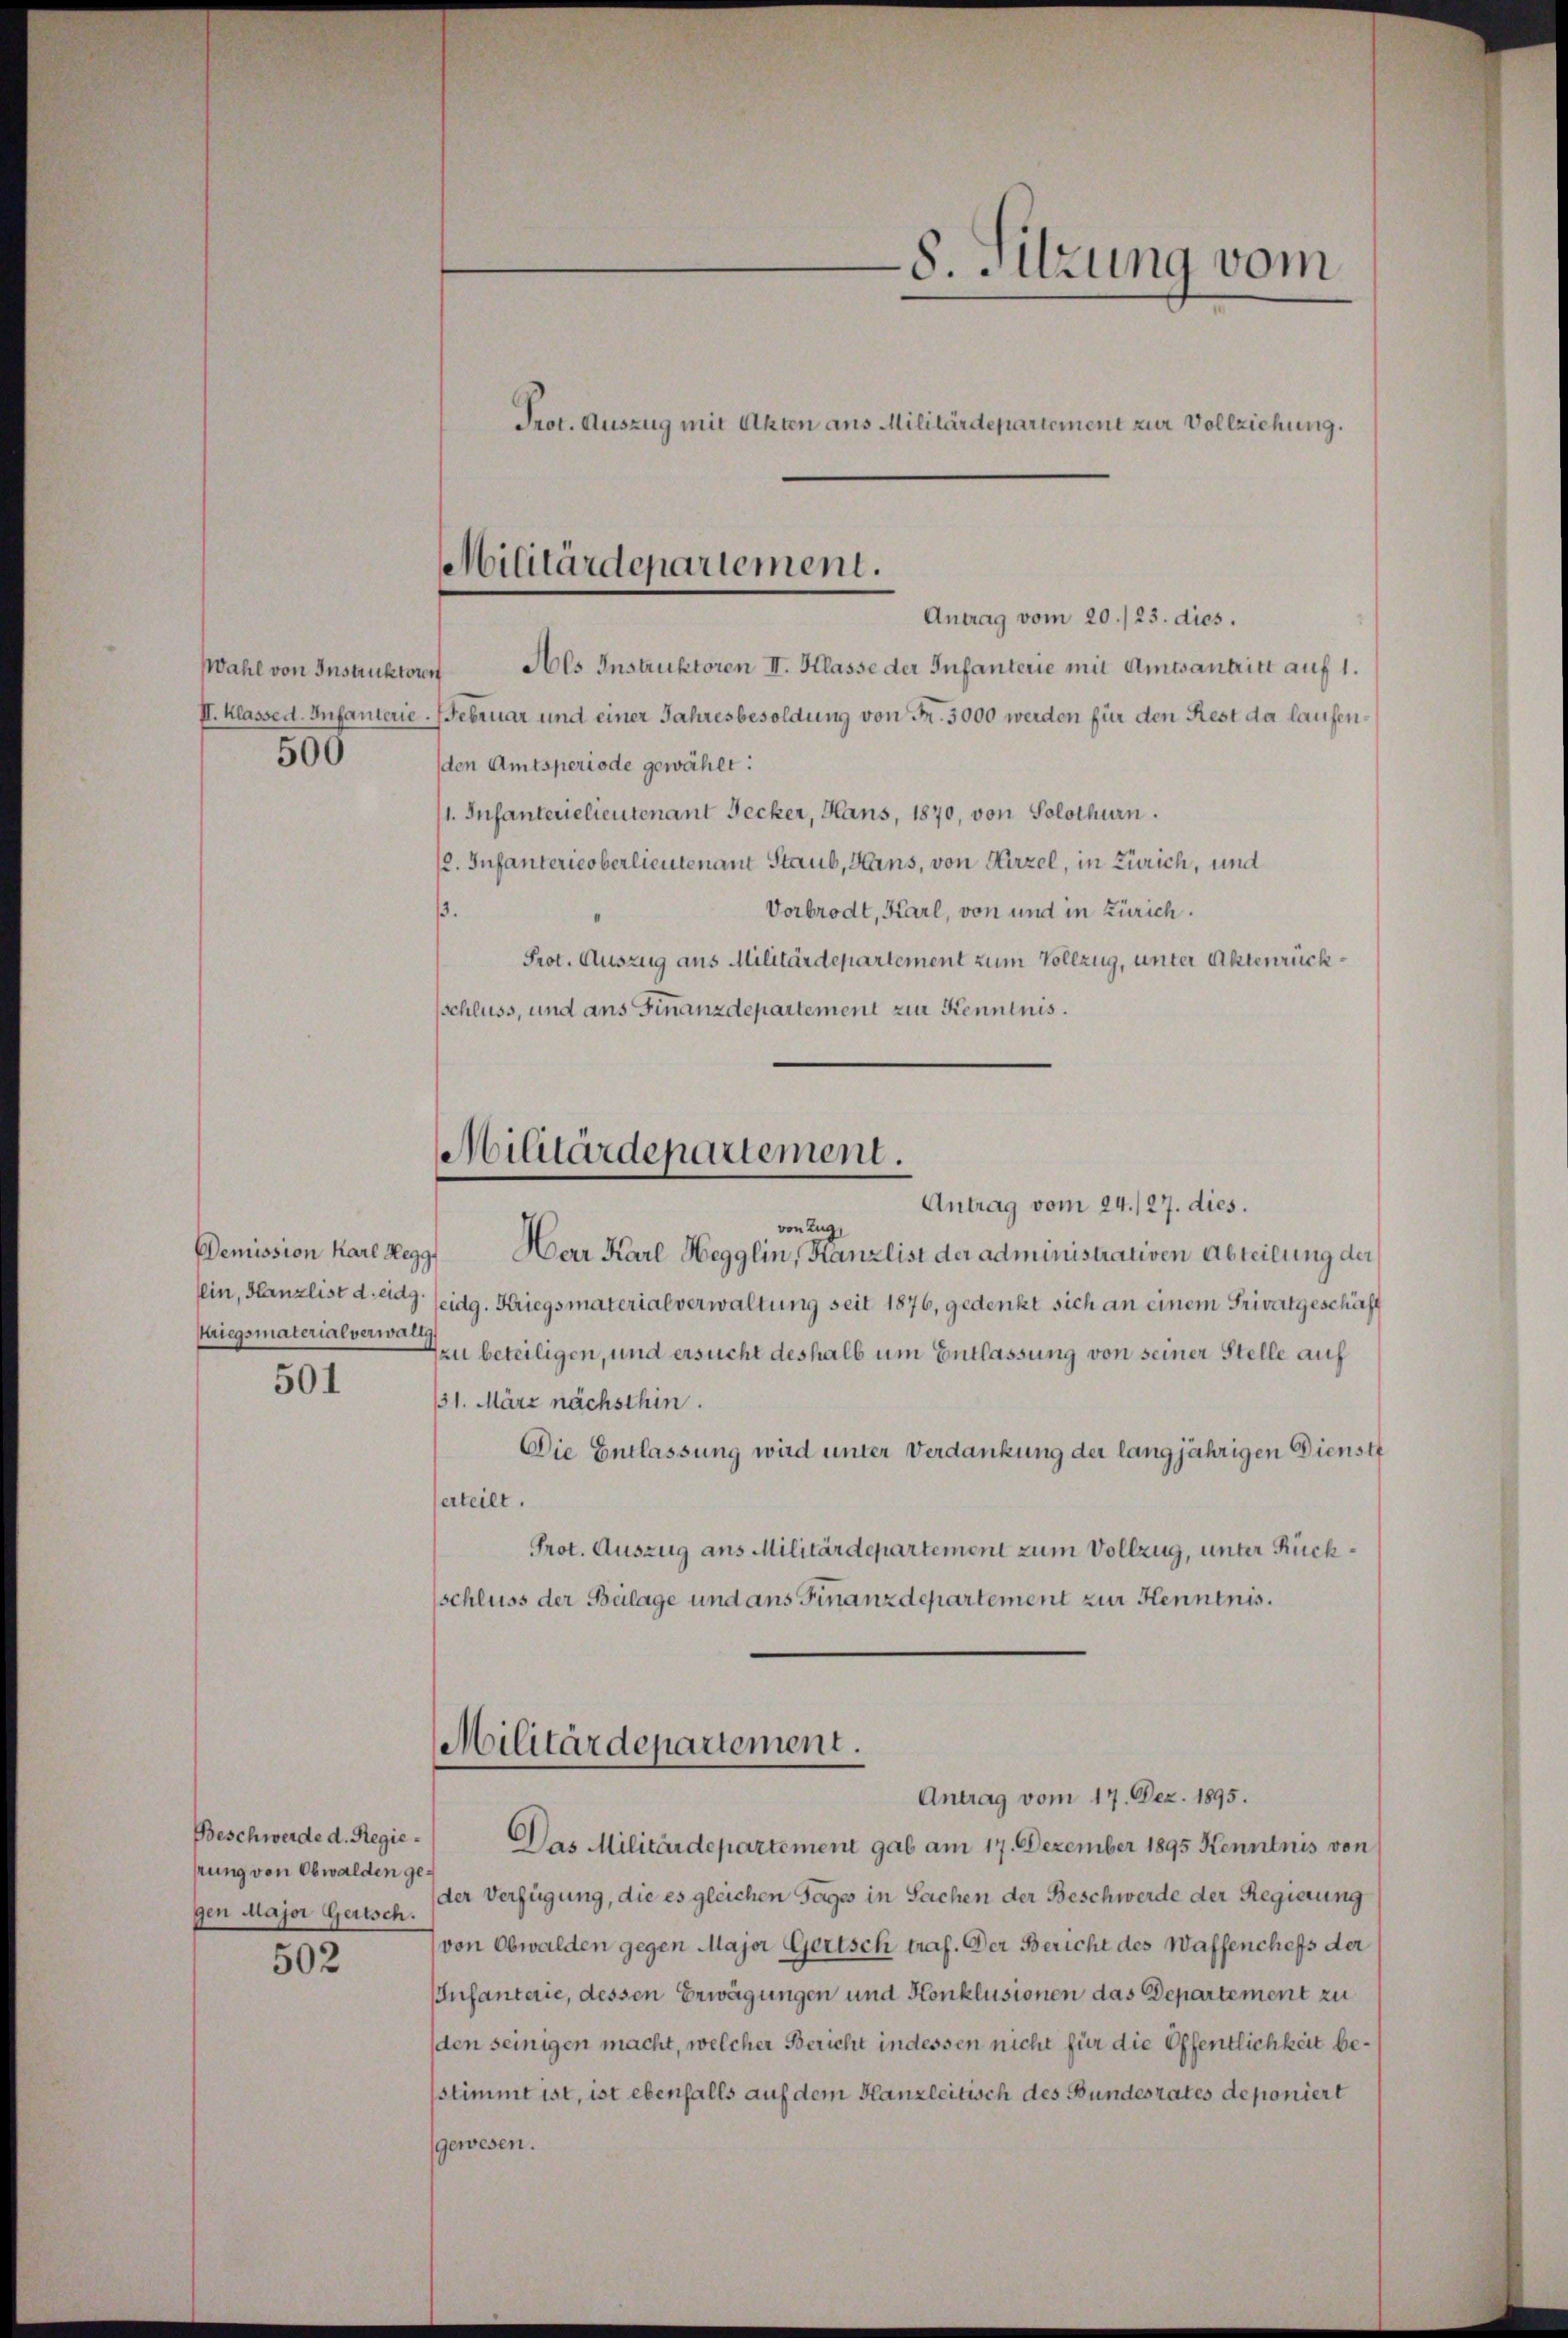
500

Demission Karl Hegg
lein, Kanzlist d. eidg.
biegsmaterialverwalt

501

hrung von Obwalden gegen Major Gerisch.

502

8. Sitzung vom
Prot. Auszug mit Akten aus Militärdepartement zur Vollziehung.

Militärdepariement.
Antrag vom 20./23. dies.

Wahl von Instruktoren Als Instruktoren II. Klasse der Infanterie mit Amtsantritt auf 1.
II. Klasse d. Infanterie. Februar und einer Jahresbesoldung von Fr. 3000 werden für den Rest de laufenden Amtsperiode gewählt:
1. Infanterielieutenant Becker, Hans, 1870, von Solothurn.
/2. Infanterieoberlieutenant Staub, Hins, von Hirzel, in Zürich, und
.
Vorbrodt, Karl, von und in Zürich.
Prot. Auszug aus Militärdepartement zum Vollzug, unter Aktenrückschluss, und ans Finanzdepartement zur Kenntnis.
Militärdepartement.
Antrag vom 24./27. dies.
von Zug,
Herr Karl Hegglin, Kanzlist der administrativen Abteilung der
eidg. Kriegsmaterialverwaltung seit 1876, gedenkt sich an einem Privatgeschäft
Deu beteiligen, und ersucht deshalb um Entlassung von seiner Stelle auf
131. März nächsthin.
Die Entlassung wird unter Verdankung der langjährigen Dienst
erteilt.
Prot. Auszug aus Militärdepartement zum Vollzug, unter Rücksschluss der Belage und ans Finanzdepartement zur Kenntnis.

Militärdepartement.
Antrag vom 17. Dez. 1895.

Beschwerde d. Regie- Das Militärdepartement gab am 17. Dezember 1895 Kenntnis von
(der Verfügung, die es gleichen Tages in Sachen der Beschwerde der Regierung
(von Obwalden gegen Major Gertsch traf. Der Bericht des Waffenchefs der
Infanterie, dessen Erwägungen und Konklusionen das Departement zu
den seinigen macht, welcher Bericht indessen nicht für die Öffentlichkeit besstimmt ist, ist ebenfalls auf dem Kanzleitisch des Bundesrates deponiert
gewesen.